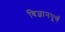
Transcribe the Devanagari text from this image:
विज्ञानपूर्ण